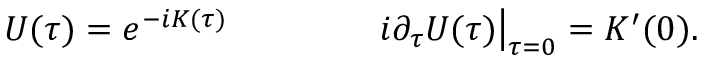
U ( \tau ) = e ^ { - i K ( \tau ) } \qquad \qquad \left. i \partial _ { \tau } U ( \tau ) \right| _ { \tau = 0 } = K ^ { \prime } ( 0 ) .